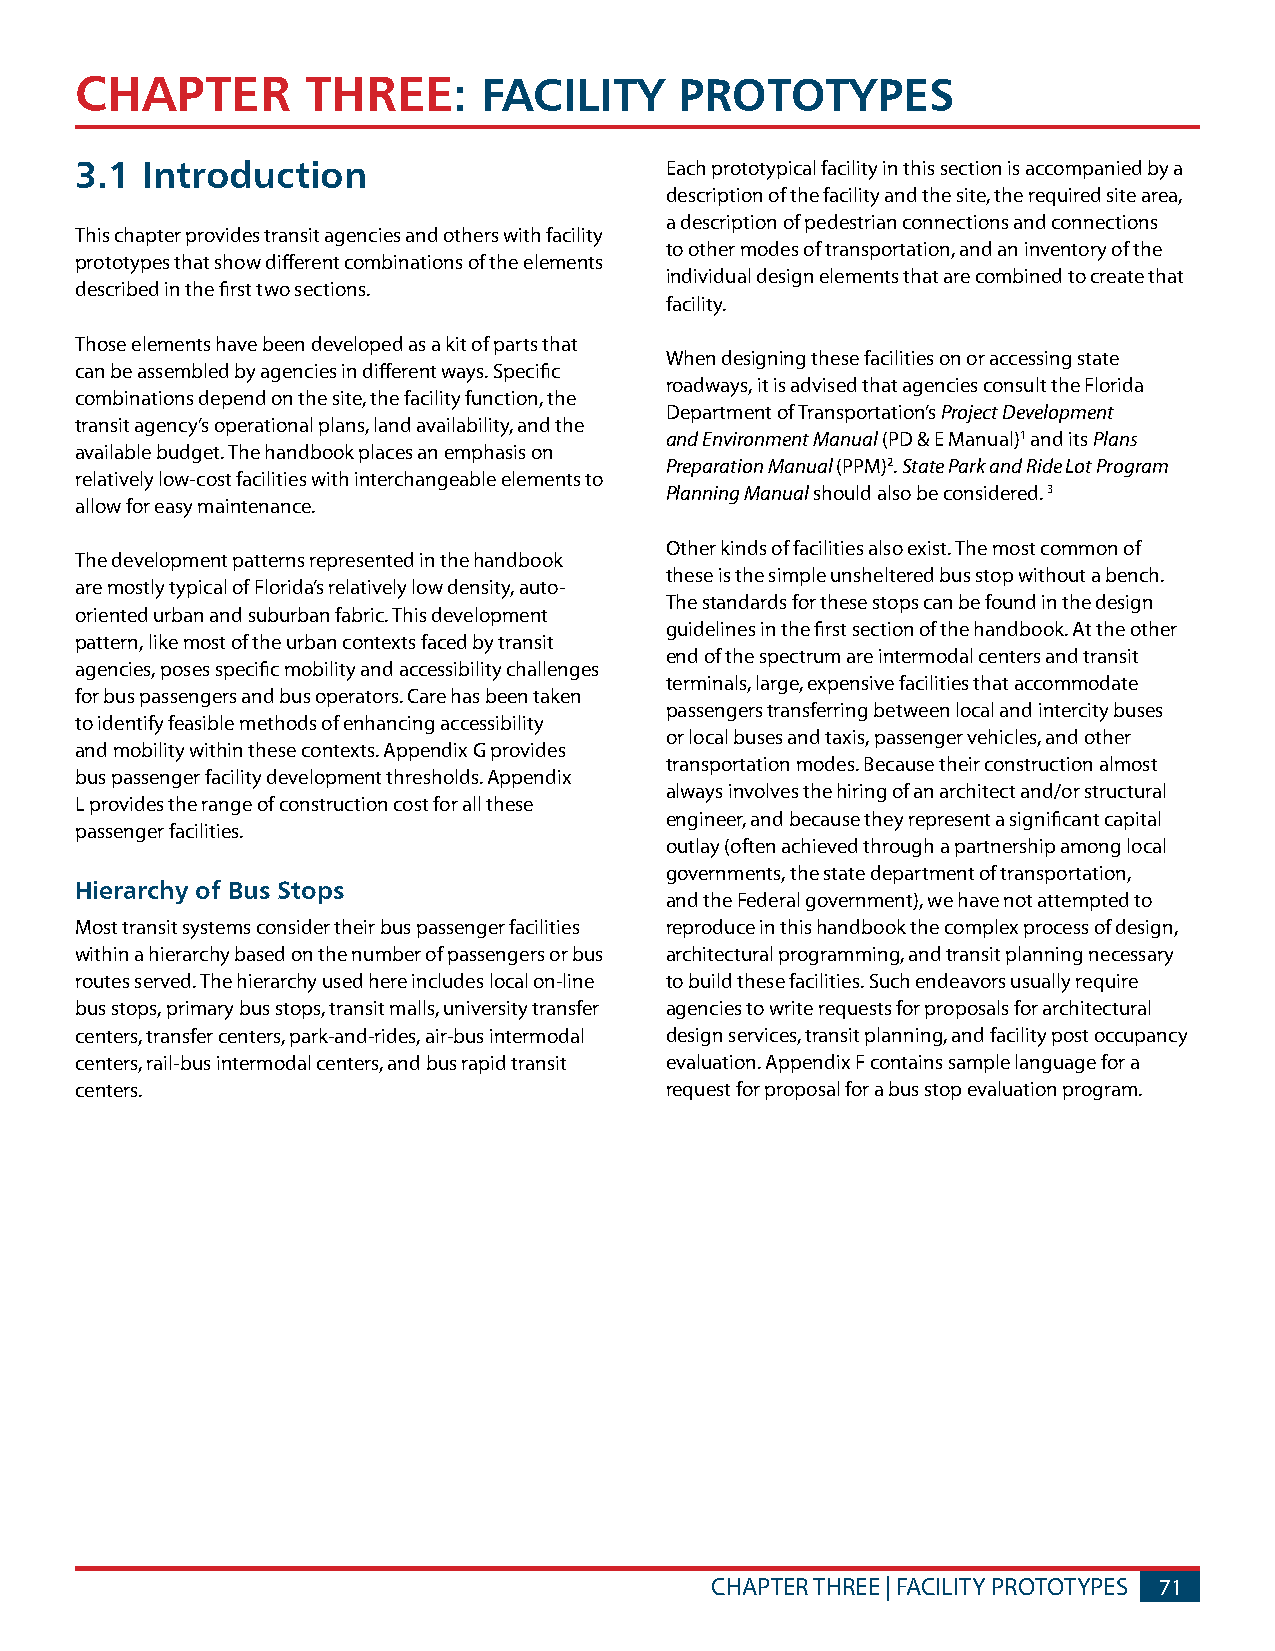
CHAPTER        THREE:      FACILITy     PROTOTyPES
 3.1 Introduction                       Each prototypical facility in this section is accompanied by a
 description of the facility and the site, the required site area,
 a description of pedestrian connections and connections
 This chapter provides transit agencies and others with facility
 to other modes of transportation, and an inventory of the
 prototypes that show different combinations of the elements
 individual design elements that are combined to create that
 described in the first two sections.
 facility.
 Those elements have been developed as a kit of parts that
 When designing these facilities on or accessing state
 can be assembled by agencies in different ways. Specific
 roadways, it is advised that agencies consult the Florida
 combinations depend on the site, the facility function, the
 Department of Transportation’s Project Development
 transit agency’s operational plans, land availability, and the
 and Environment Manual (PD & E Manual)1 and its Plans
 available budget. The handbook places an emphasis on
 Preparation Manual (PPM)2. State Park and Ride Lot Program
 relatively low-cost facilities with interchangeable elements to
 Planning Manual should also be considered. 3
 allow for easy maintenance.
 Other kinds of facilities also exist. The most common of
 The development patterns represented in the handbook
 these is the simple unsheltered bus stop without a bench.
 are mostly typical of Florida’s relatively low density, auto-
 The standards for these stops can be found in the design
 oriented urban and suburban fabric. This development
 guidelines in the first section of the handbook. At the other
 pattern, like most of the urban contexts faced by transit
 end of the spectrum are intermodal centers and transit
 agencies, poses specific mobility and accessibility challenges
 terminals, large, expensive facilities that accommodate
 for bus passengers and bus operators. Care has been taken
 passengers transferring between local and intercity buses
 to identify feasible methods of enhancing accessibility
 or local buses and taxis, passenger vehicles, and other
 and mobility within these contexts. Appendix G provides
 transportation modes. Because their construction almost
 bus passenger facility development thresholds. Appendix
 always involves the hiring of an architect and/or structural
 L provides the range of construction cost for all these
 engineer, and because they represent a significant capital
 passenger facilities.
 outlay (often achieved through a partnership among local
 governments, the state department of transportation,
 Hierarchy of Bus Stops
 and the Federal government), we have not attempted to
 Most transit systems consider their bus passenger facilities reproduce in this handbook the complex process of design,
 within a hierarchy based on the number of passengers or bus architectural programming, and transit planning necessary
 routes served. The hierarchy used here includes local on-line to build these facilities. Such endeavors usually require
 bus stops, primary bus stops, transit malls, university transfer agencies to write requests for proposals for architectural
 centers, transfer centers, park-and-rides, air-bus intermodal design services, transit planning, and facility post occupancy
 centers, rail-bus intermodal centers, and bus rapid transit evaluation. Appendix F contains sample language for a
 centers.                               request for proposal for a bus stop evaluation program.
 CHAPTER THREE | FACILITY PROTOTYPES 71